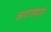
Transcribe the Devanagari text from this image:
अशाव्दारे